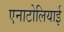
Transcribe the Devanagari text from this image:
एनाटोलियाई